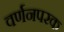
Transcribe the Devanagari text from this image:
वर्णनपरक